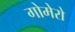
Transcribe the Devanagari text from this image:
गोमेरो